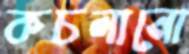
কচলানো